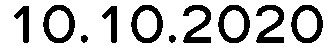
10.10.2020